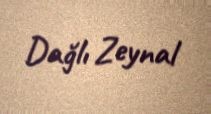
Dağlı Zeynal